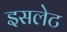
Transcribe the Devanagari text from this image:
इसलेट